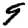
Digit: 9